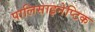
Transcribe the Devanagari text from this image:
पालिसाइनेप्टिक